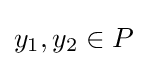
y_{1},y_{2}\in P